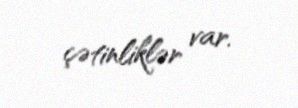
çətinliklər var.